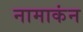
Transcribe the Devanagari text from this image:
नामाकंन